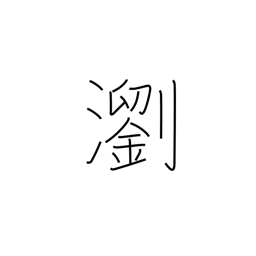
Meaning: clear